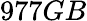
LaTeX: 977GB